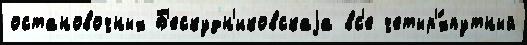
остановочных Б'ескудн'иковскаjа вс'е четыр'́хпутный